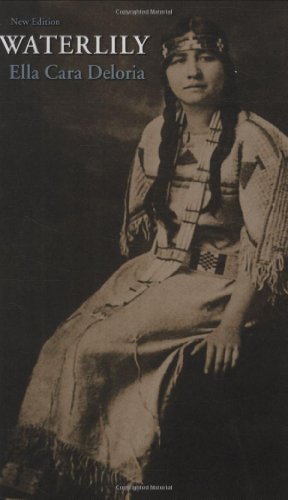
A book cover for Waterlily, New Edition; Ella Cara Deloria; Literature & Fiction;